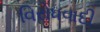
વિરોધવાદી